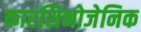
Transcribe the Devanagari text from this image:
कारसिनोजेनिक